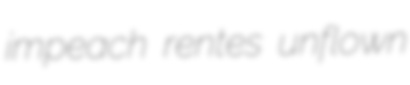
impeach rentes unflown